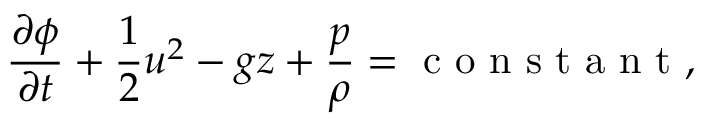
\frac { \partial \phi } { \partial t } + \frac { 1 } { 2 } u ^ { 2 } - g z + \frac { p } { \rho } = \mathrm { ~ c ~ o ~ n ~ s ~ t ~ a ~ n ~ t ~ } ,